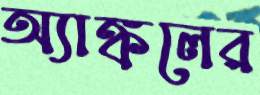
অ্যাঙ্কলের